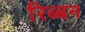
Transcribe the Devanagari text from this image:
रिब्बन